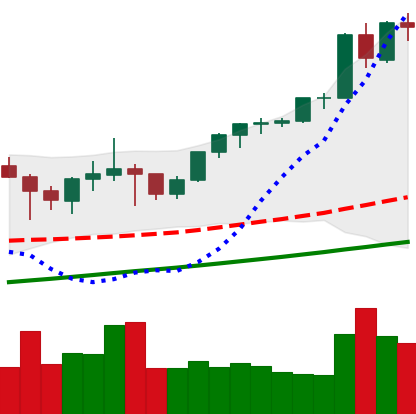
Ticker: ETH-USD
Chart end date: 2021-05-06
Forward return: 19.417%
Label: up_7plus